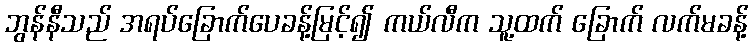
ဘွန်နီသည် အရပ်ခြောက်ပေခန့်မြင့်၍ ကယ်လီက သူ့ထက် ခြောက် လက်မခန့်